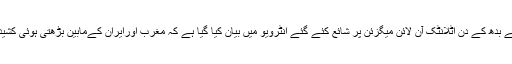
کیوبا کےگوریلا لیڈراورسابق سربراہ حکومت فیدل کاسترو نے بدھ کے دن اٹلانٹک آن لائن میگزئن پر شائع کئے گئے انٹرویو میں بیان کیا گیا ہے کہ مغرب اورایران کےمابین بڑھتی ہوئی کشیدگی کے سبب جوہری جنگ کا خطرہ شدید ترہوتا جا رہا ہے۔